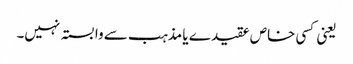
یعنی کسی خاص عقیدے یا مذہب سے وابستہ نہیں۔